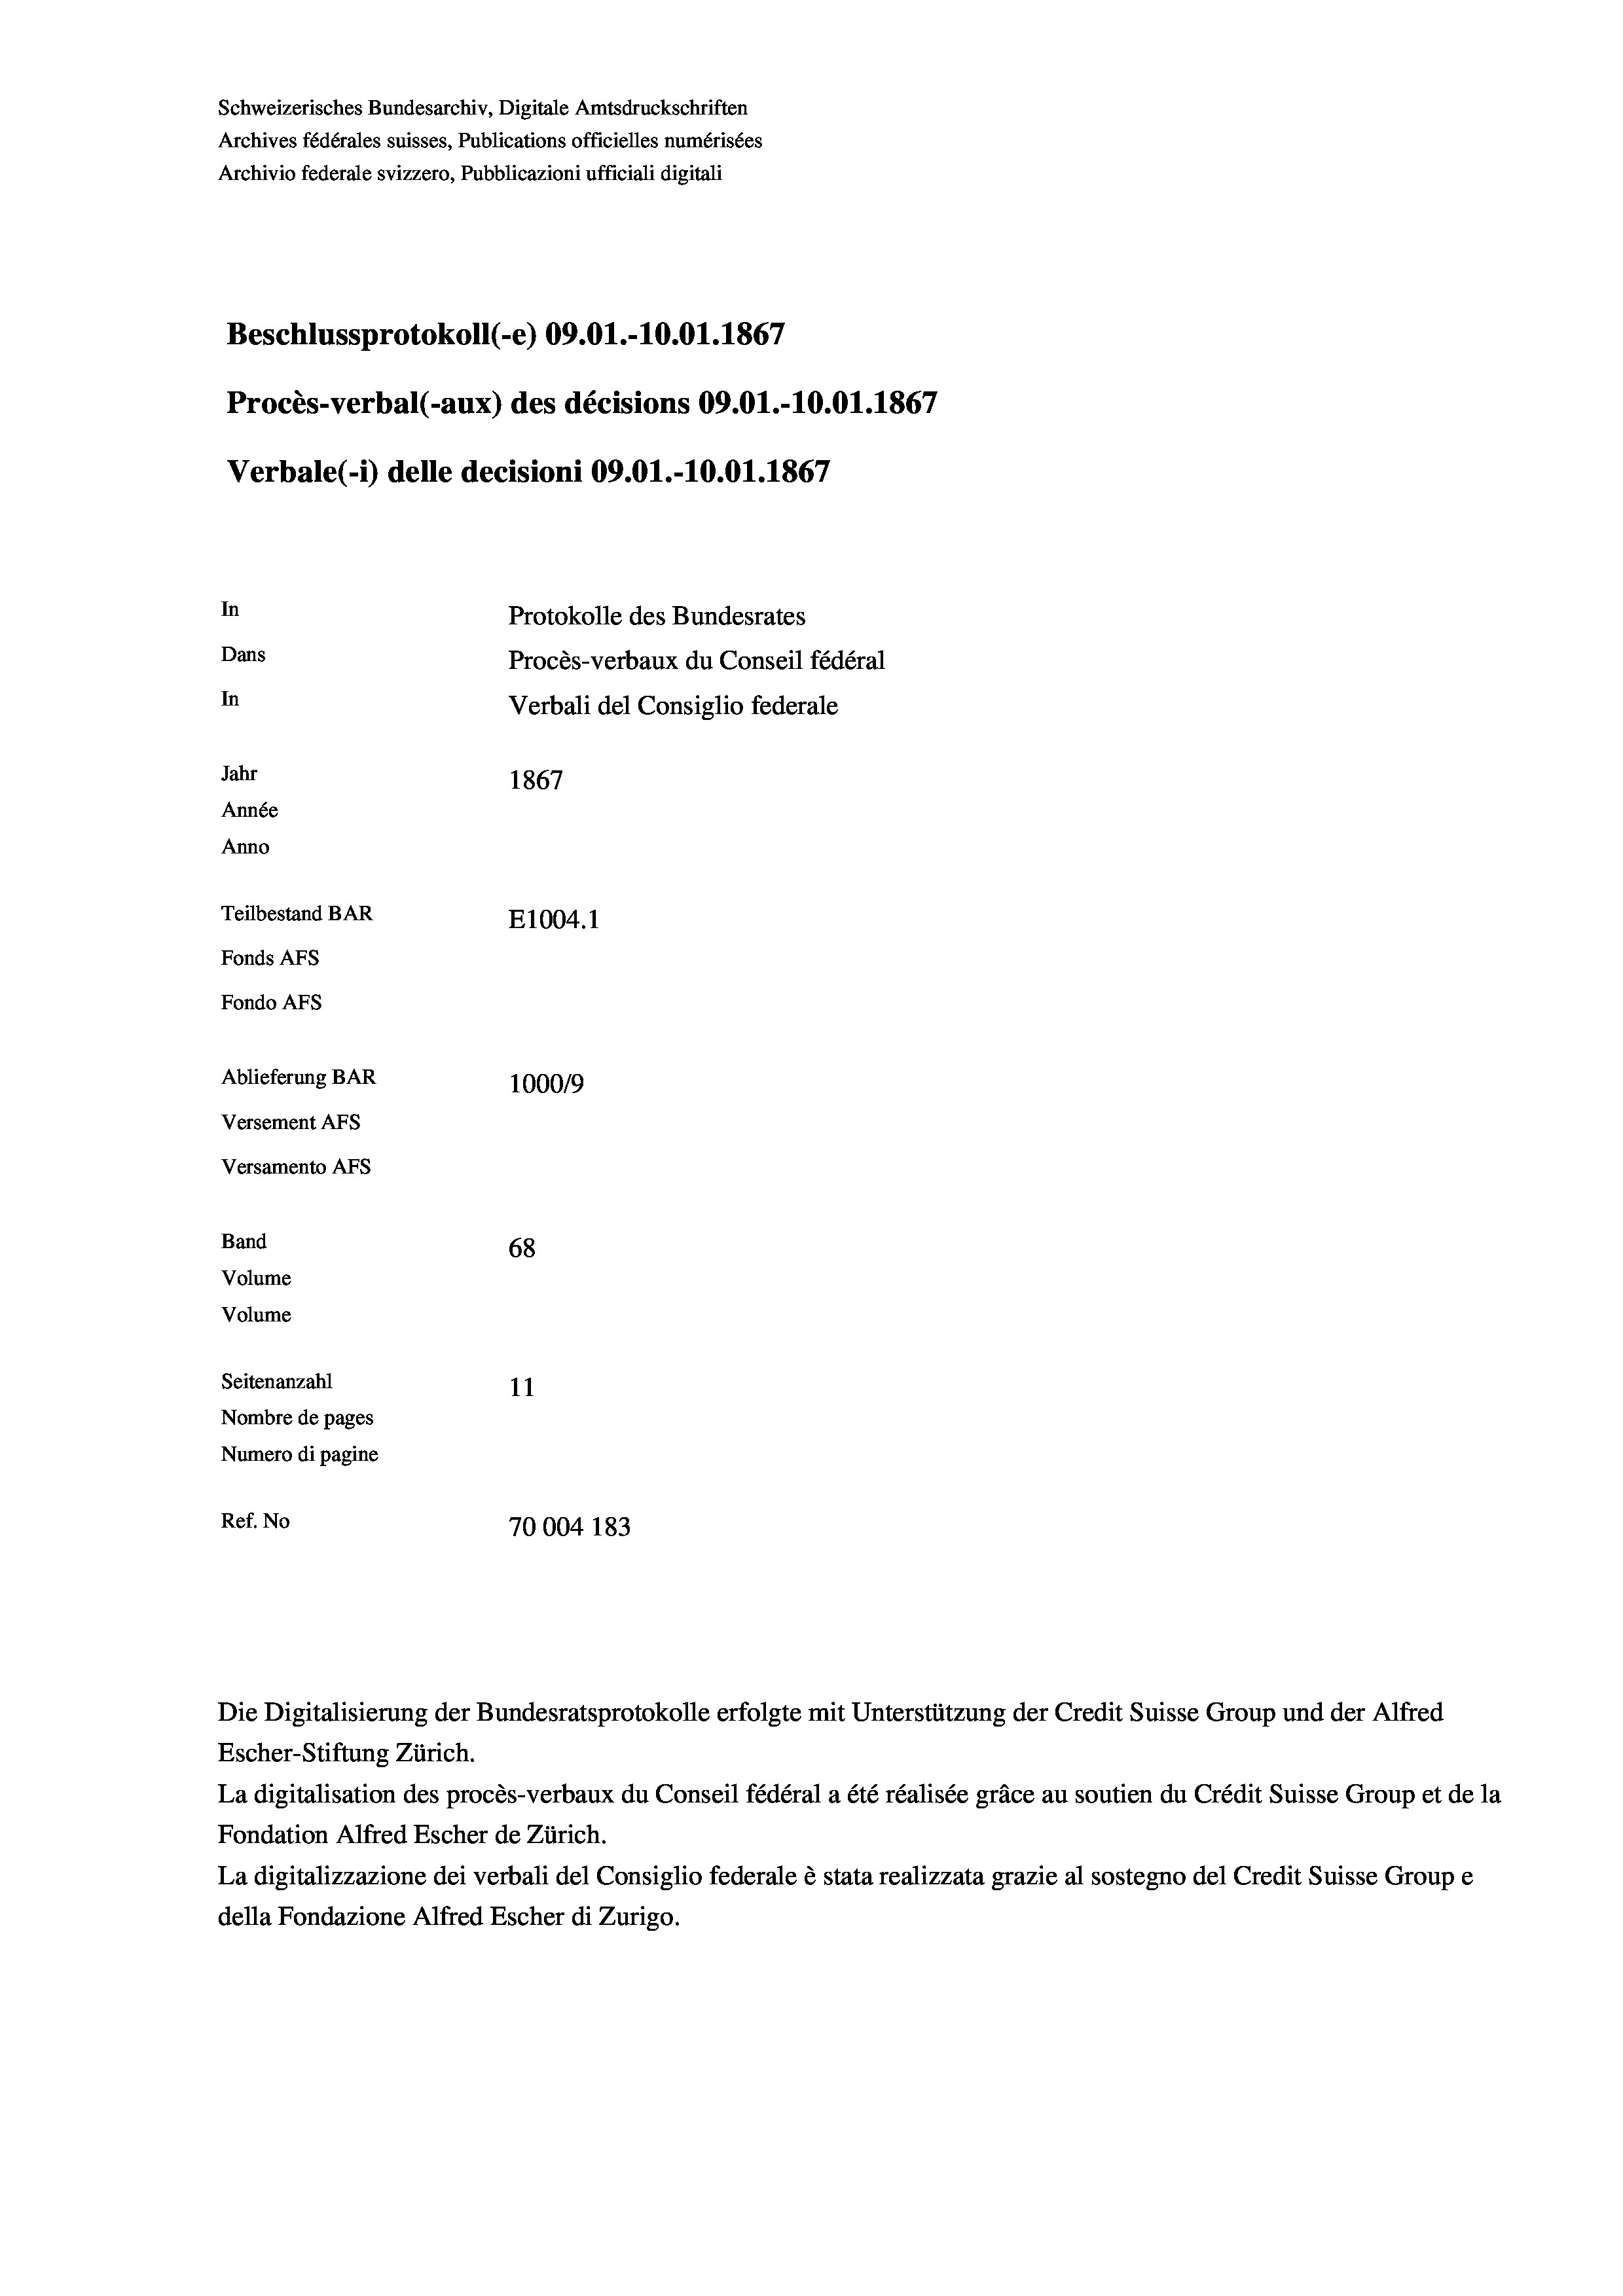
Schweizerisches Bundesarchiv, Digitale Amtsdruckschriften
Archives fédérales suisses, Publications officielles numérisées
Archivio federale svizzero, Pubblicazioni ufficiali digitali
Beschlussprotokoll (-e) 09.01.-10.01. 1867
Procès-verbal (-aux) des décisions 09.01.-10.01. 1867
Verbale (1) delle decisioni 09.01.-10.01. 1867
In
Protokolle des Bundesrates
Dans
Procès-verbaux du Conseil fédéral
In
Verbali del Consiglio federale
Jahr
1867
Année
Anno
Teilbestand BAR
E1004.1
Fonds Afs
Fondo AFS

Ablieferung BAR
Versement AFs
Versamento AFs
Band
Volume
Volume
Seitenanzahl

100019
68
11
Nombre de pages
Numero di pagine
Ref. No
70004 183

Escher-Stiftung Zürich.
La digitalisation des procès-verbaux du Conseil fédéral a été réalisée gräce au soutien du Crédit Suisse Group et de la
Fondation Alfred Escher de Zürich.
La digitalizzazione dei verbali del Consiglio federale è stata realizzata grazie al sostegno del Credit Suisse Groupe
della Fondazione Alfred Escher di Zurigo.

Die Digitalisierung der Bundesratsprotokolle erfolgte mit Unterstützung der Credit Suisse Group und der Alfred